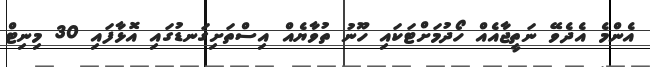
އެންމެ އެދެވޭ ނަތީޖާއެއް ހޯދުމަށްޓަކައި ހޫނު ތުވާޔެއް އިސްތަށިގަނޑުގައި އޮޅާފައި 30 މިނިޓް